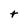
Character: t